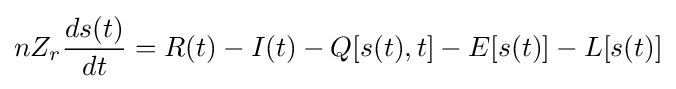
nZ_{r}{\frac {ds(t)}{dt}}=R(t)-I(t)-Q[s(t),t]-E[s(t)]-L[s(t)]